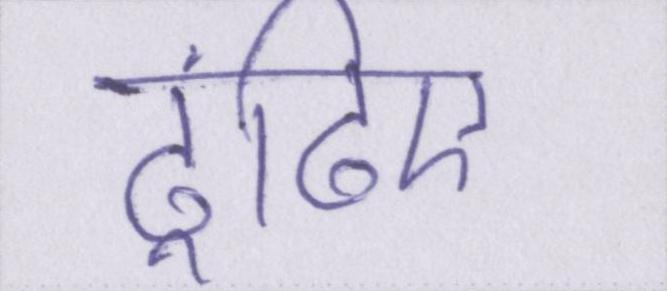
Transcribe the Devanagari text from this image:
ढूंढिए